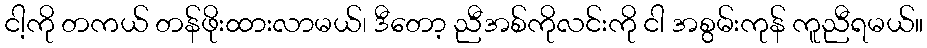
ငါ့ကို တကယ် တန်ဖိုးထားလာမယ်၊ ဒီတော့ ညီအစ်ကိုလင်းကို ငါ အစွမ်းကုန် ကူညီရမယ်။